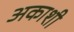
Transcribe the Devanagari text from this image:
अकाशी